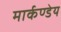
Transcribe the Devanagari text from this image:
मार्कण्‍डेय